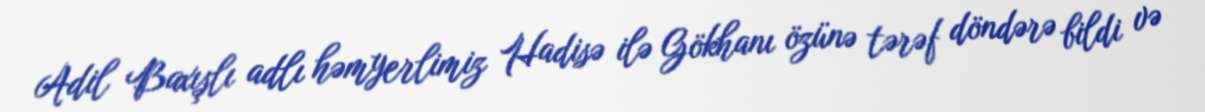
Adil Baxışlı adlı həmyerlimiz Hadisə ilə Gökhanı özünə tərəf döndərə bildi və